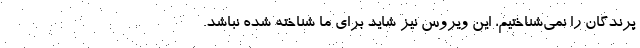
پرندگان را نمی‌شناختیم، این ویروس نیز شاید برای ما شناخته شده نباشد.